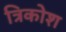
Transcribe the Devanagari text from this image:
त्रिकोश